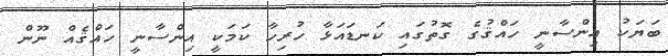
ބަޔަކު އިންސާނީ ހައްޤުގެ ގޮތުގައި ކަނޑައަޅާ ހުރިހާ ކަމަކީ އިންސާނީ ހައްޤެއް ނޫން